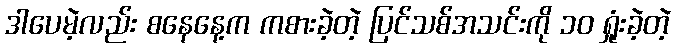
ဒါပေမဲ့လည်း စနေနေ့က ကစားခဲ့တဲ့ ပြင်သစ်အသင်းကို ၁၀ ရှုံးခဲ့တဲ့